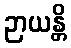
ဉာယန္တိ